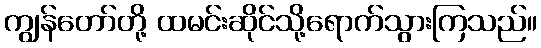
ကျွန်တော်တို့ ထမင်းဆိုင်သို့ရောက်သွားကြသည်။